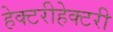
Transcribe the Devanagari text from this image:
हेक्टरीहेक्टरी